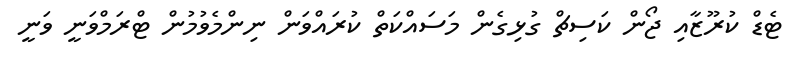
ޓެޑް ކުރޫޒާއި ޖޯން ކަސިޗް ގުޅިގެން މަސައްކަތް ކުރައްވަން ނިންމެވުމުން ޓްރަމްވަނީ ވަނީ